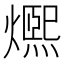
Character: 𤐤